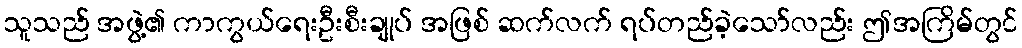
သူသည် အဖွဲ့၏ ကာကွယ်ရေးဦးစီးချုပ် အဖြစ် ဆက်လက် ရပ်တည်ခဲ့သော်လည်း ဤအကြိမ်တွင်